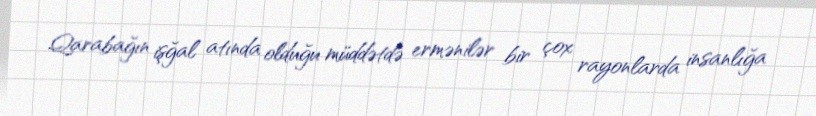
Qarabağın işğal atında olduğu müddətdə ermənilər bir çox rayonlarda insanlığa